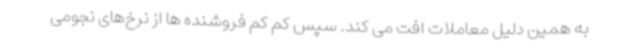
به همین دلیل معاملات افت می کند. سپس کم کم فروشنده ها از نرخ‌های نجومی